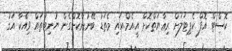
ކޮސްޓް އޮފް ކެޕިޓަލަށް ރިޢާޔަތްކޮށް އީ.އެމް.އައި މެތަޑު ބޭނުންކޮށްގެން ޔުނިޓުތައް ވިއްކާ އަގު